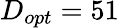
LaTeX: D_{opt}=51